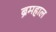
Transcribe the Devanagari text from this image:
ब्रमहाल